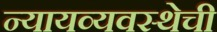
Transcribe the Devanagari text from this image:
न्यायव्यवस्थेची